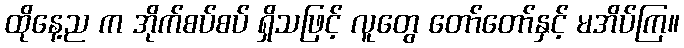
ထိုနေ့ည က အိုက်စပ်စပ် ရှိသဖြင့် လူတွေ တော်တော်နှင့် မအိပ်ကြ။